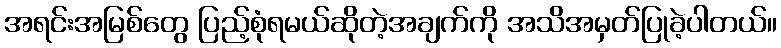
အရင်းအမြစ်တွေ ပြည့်စုံရမယ်ဆိုတဲ့အချက်ကို အသိအမှတ်ပြုခဲ့ပါတယ်။